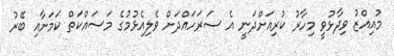
މުއިއްޒު ވިދާޅުވީ މިހާރު ކުރިއަށްދަނީ އެ ސަރަހައްދަށް ވެލިއެޅުމުގެ މަސައްކަތް ކަމަށާއި ބޭރު